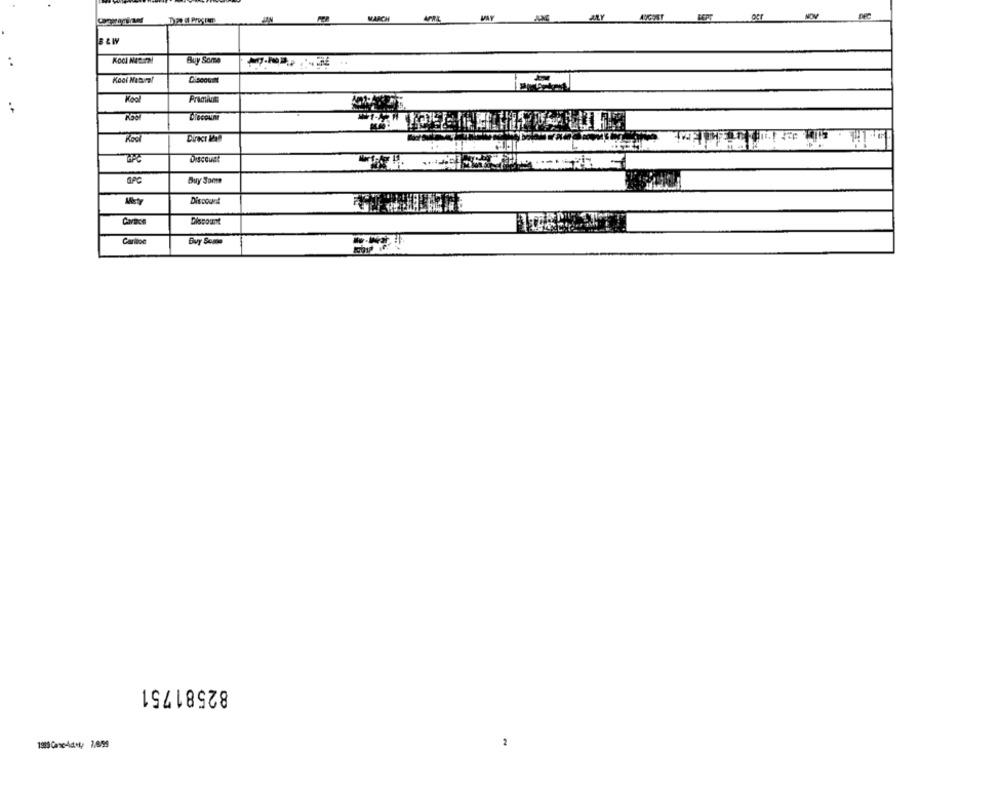
ALY
MARCH
B&W
..
KOCI Natural
Buy Some
Kool Natural
Kool
Premios
Koc
Discount
SPC
Buy Some
Discount
Carace
Discount
Carlton
Buy Some
82581751